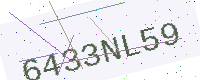
Text: 6433NL59